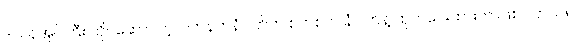
ဒလန်အုပ်ကြီး ကိုင်ဆောင်တဲ့လက်နက်နံပါတ်က စကစက နံပါတ်နဲ့ ထုတ်ပေးထားတာဖြစ်ပါတယ်။